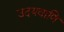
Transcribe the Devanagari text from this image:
उदयवाणि